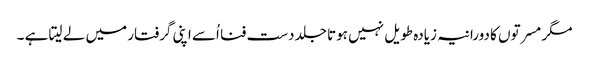
مگر مسرتوں کا دورانیہ زیادہ طویل نہیں ہوتا جلد دست فنا اُسے اپنی گرفتار میں لے لیتا ہے ۔